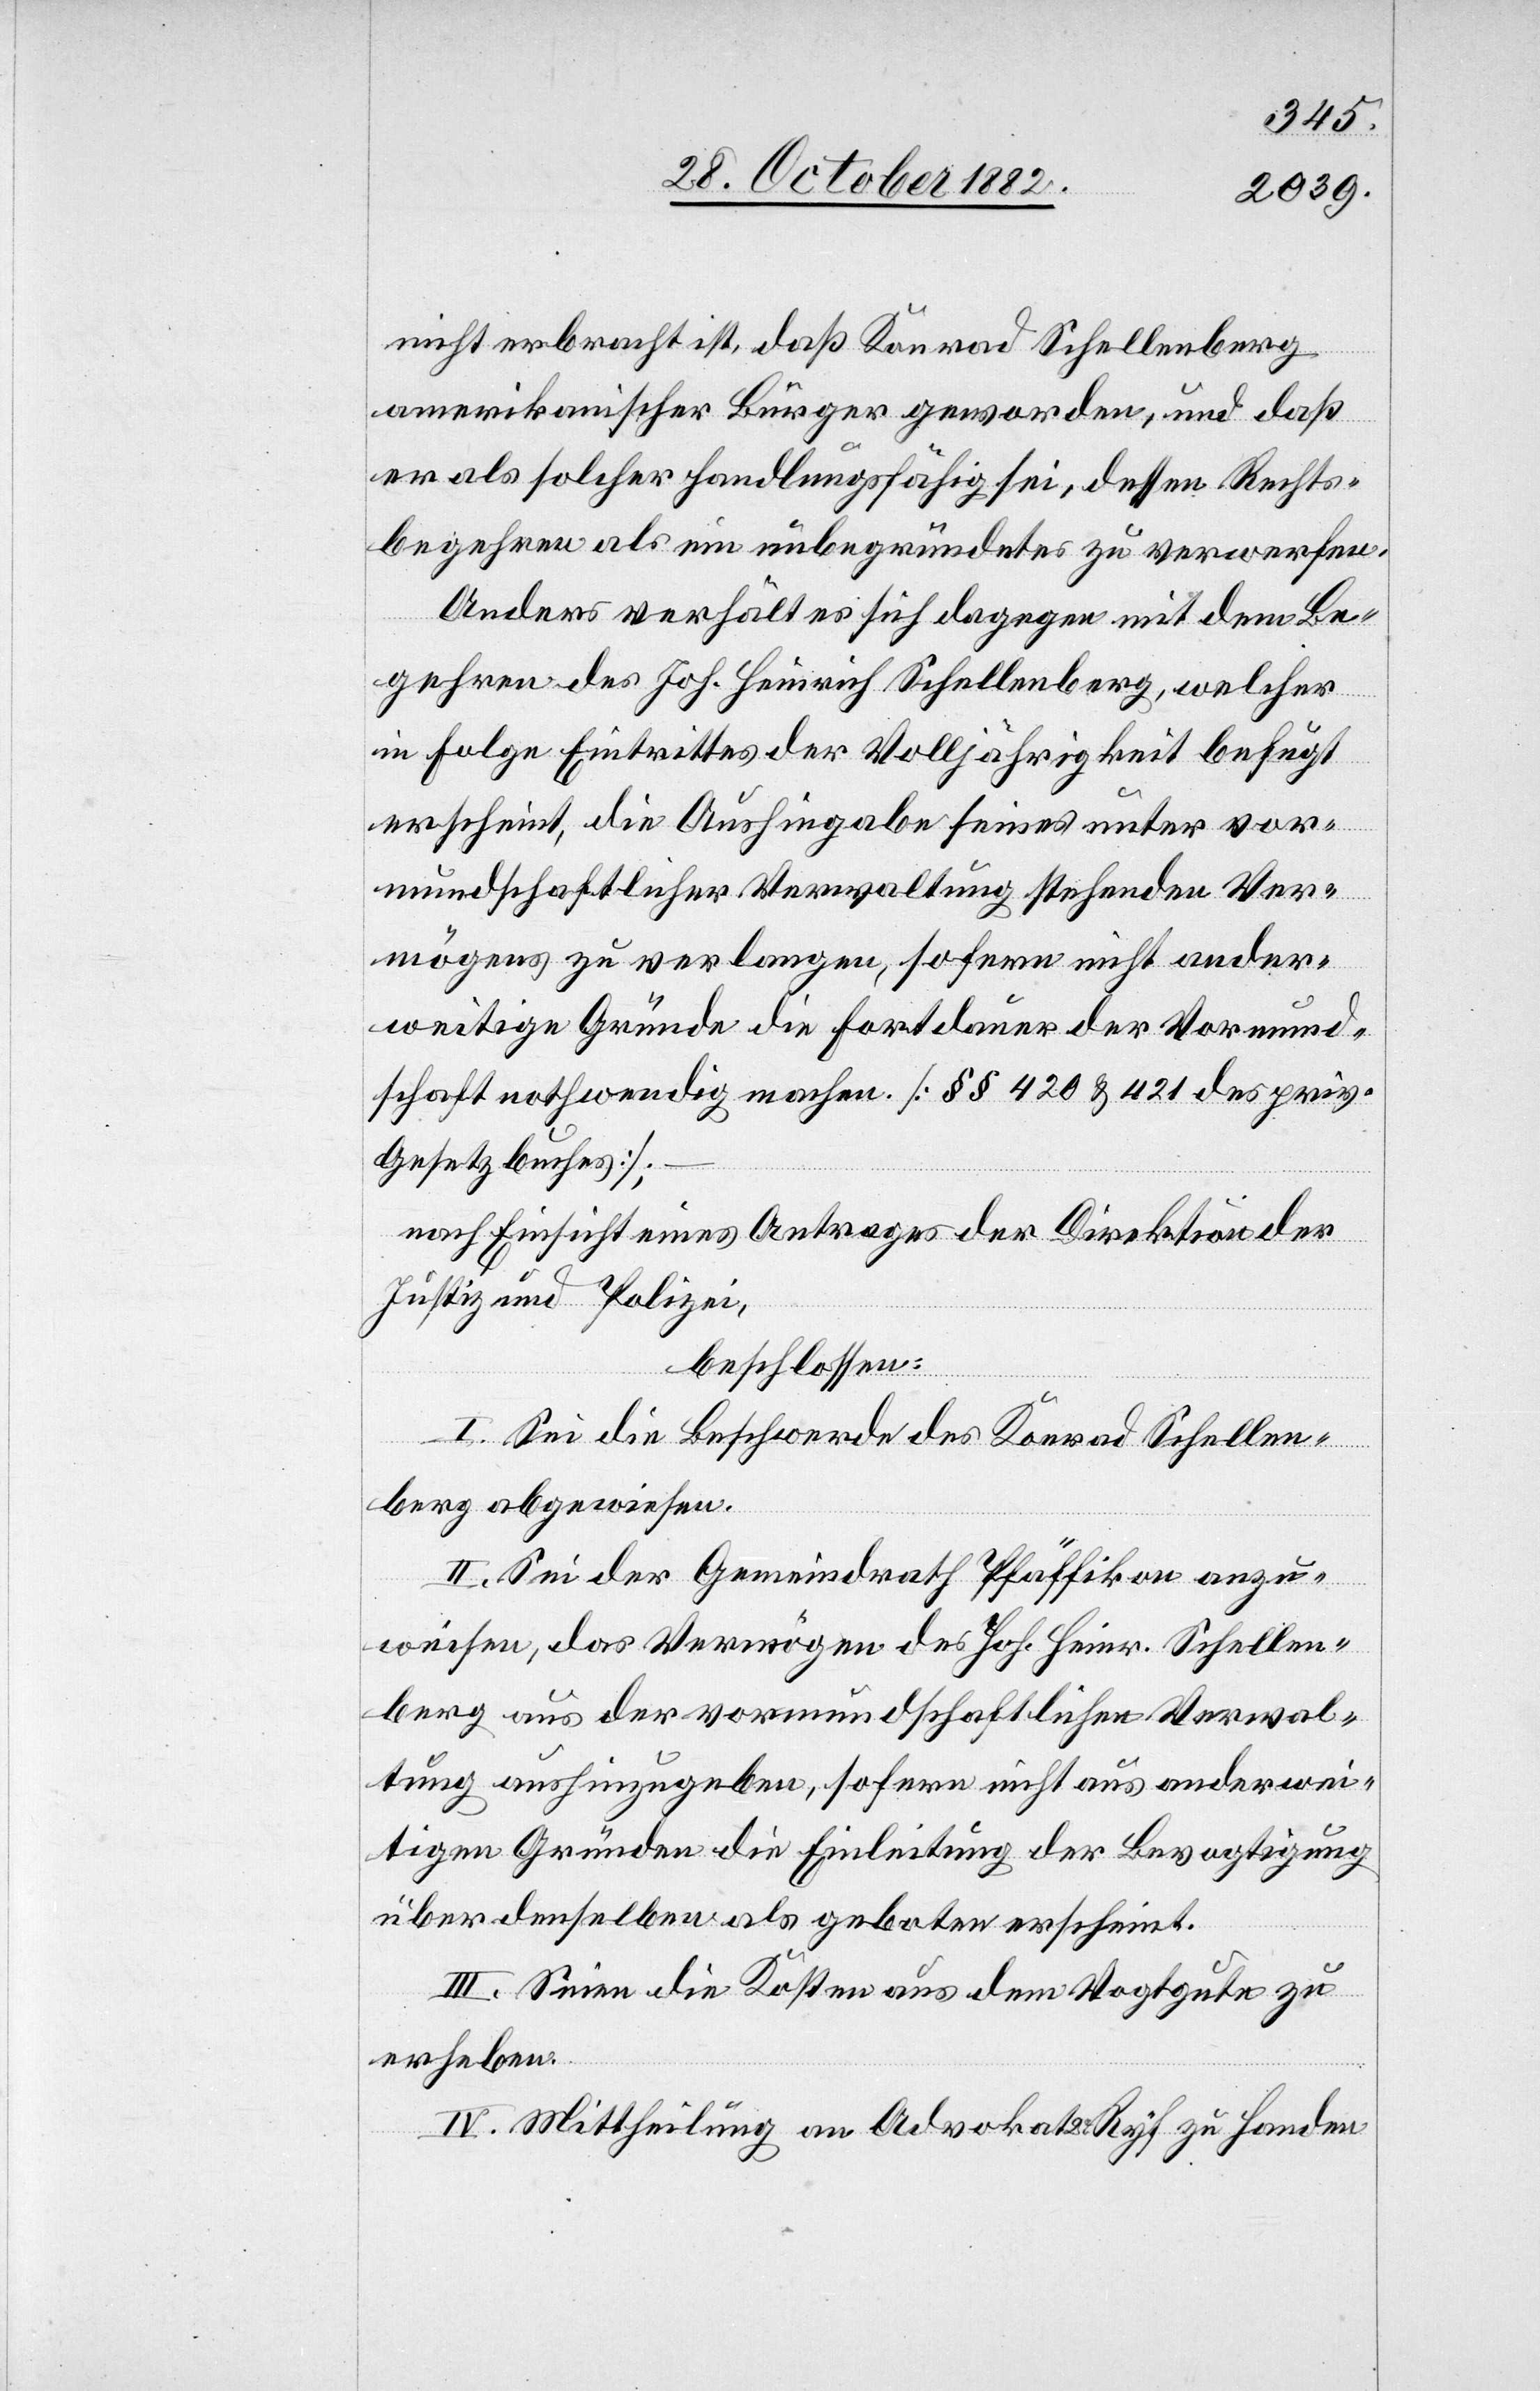
nicht erbracht ist, daß Konrad Schellenberg
amerikanischer Bürger geworden, und daß
er als solcher handlungsfähig sei, dessen Rechts¬
begehren als ein unbegründetes zu verwerfen.
Anders verhält es sich dagegen mit dem Be¬
gehren des Joh. Heinrich Schellenberg, welcher
in Folge Eintrittes der Volljährigkeit befugt
erscheint, die Aushingabe seines unter vor¬
mundschaftlicher Verwaltung stehenden Ver¬
mögens zu verlangen, sofern nicht ander¬
weitige Gründe die Fortdauer der Vormund¬
schaft nothwendig machen. [§§ 420 & 421 des priv.
Gesetzbuches];
nach Einsicht eines Antrages der Direktion der
Justiz und Polizei,
beschlossen:
I. Sei die Beschwerde des Konrad Schellen¬
berg abgewiesen.
II. Sei der Gemeindrath Pfäffikon anzu¬
weisen, das Vermögen des Joh. Heinr. Schellen¬
berg aus der vormundschaftlichen Verwal¬
tung aushinzugeben, sofern nicht aus anderwei¬
tigen Gründen die Einleitung der Bevogtigung
über denselben als geboten erscheint.
III. Seien die Kosten aus dem Vogtgute zu
erheben.
IV. Mittheilung an Advokat Dr Ryf zu Handen